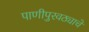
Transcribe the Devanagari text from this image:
पाणीपुरवठ्याचे